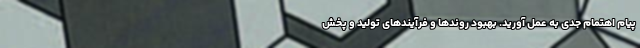
پیام اهتمام جدی به عمل آورید. بهبود روندها و فرآیندهای تولید و پخش